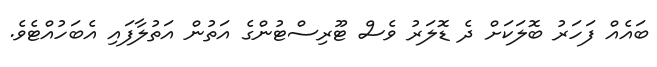
ބައެއް ފަހަރު ބޮލަކަށް ދެ ޑޮލަރު ވެސް ޓޫރިސްޓުންގެ އަތުން އަތުލާފައި އެބަހުއްޓެވެ.